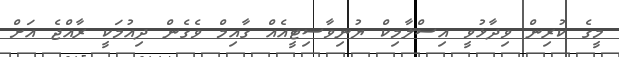
މީގެ ކުރިން ވިދާޅުވީ އިސްލާމިކް ޔުނިވާސިޓީއެއް ގާއިމް ވެގެން ދިއުމަކީ ރާއްޖެ އަށް